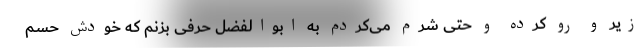
زیر و رو کرده و حتی شرم می‌کردم به ابوالفضل حرفی بزنم که خودش حسم